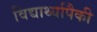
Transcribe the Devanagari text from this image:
विद्यार्थ्यापैकी